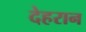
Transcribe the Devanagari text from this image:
देहरान